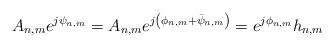
LaTeX: \begin{align*}A_{n,m}e^{j \psi_{n,m}}&=A_{n,m}e^{j \left(\phi_{n,m}+\bar{\psi}_{n,m}\right)}=e^{j \phi_{n,m}}h_{n,m}\end{align*}